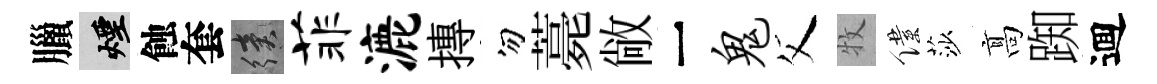
臘煙蝕套續菲漉摶勿薧敞一鬼父牧僕莎髙踟逥